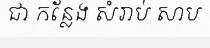
ជា កន្លែង សំរាប់ សាប